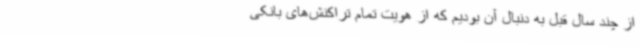
از چند سال قبل به دنبال آن بودیم که از هویت تمام تراکنش‌های بانکی